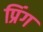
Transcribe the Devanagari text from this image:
प्रिंग